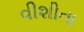
વીશીતા